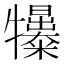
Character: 𤜌